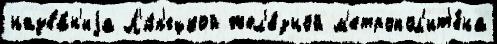
назва́н'иjа Л'и́п'ецкой жел'е́зной м'етропол'ит'е́на